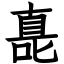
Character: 嗭